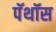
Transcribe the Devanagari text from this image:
पॅथॉस